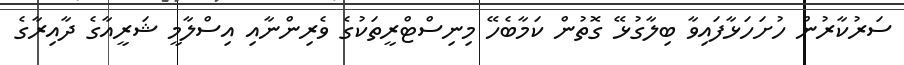
ސަރުކާރުން ހުށަހަޅާފައިވާ ބިލާގުޅޭ ގޮތުން ކަމާބެހޭ މިނިސްޓްރީތަކުގެ ވެރިންނާއި އިސްލާމީ ޝަރީއާގެ ދާއިރާގެ